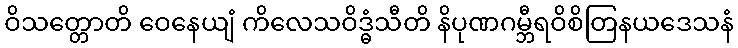
ဝိသတ္တောတိ ဝေနေယျံ ကိလေသဝိဒ္ဓံသီတိ နိပုဏဂမ္ဘီရဝိစိတြနယဒေသနံ